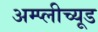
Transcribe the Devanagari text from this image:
अम्प्लीच्यूड